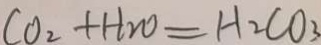
C O _ { 2 } + H _ { 2 } O = H _ { 2 } C O _ { 3 }